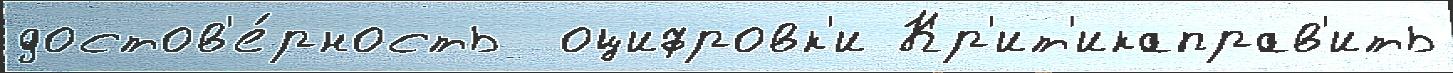
достов'е́рность  оцифровк'и Кр'ит'икаправ'ить